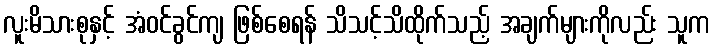
လူးမိသားစုနှင့် အံဝင်ခွင်ကျ ဖြစ်စေရန် သိသင့်သိထိုက်သည့် အချက်များကိုလည်း သူက